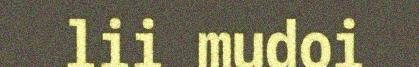
lii mudoi